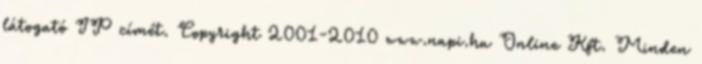
látogató IP címét. Copyright 2001-2010 www.napi.hu Online Kft. Minden